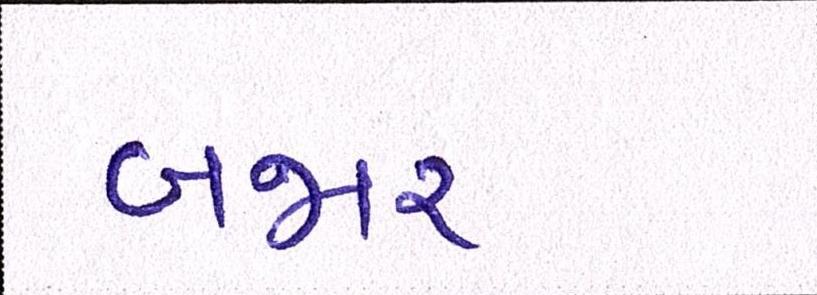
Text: બજાર